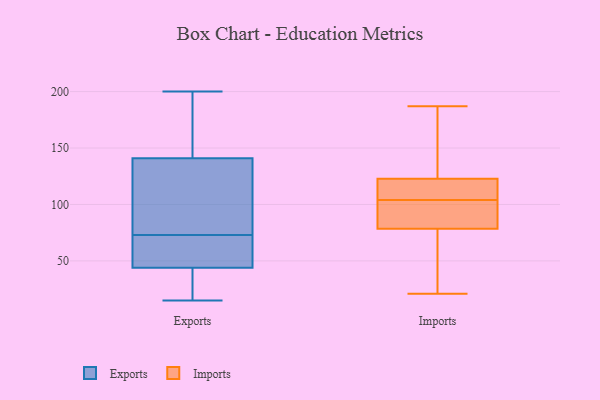
{"axis": {"x": "Page Views", "y": "Value"}, "legend": ["Exports", "Imports"], "data": [{"x": "", "y": 44, "type": "Exports"}, {"x": "", "y": 141, "type": "Exports"}, {"x": "", "y": 30, "type": "Exports"}, {"x": "", "y": 160, "type": "Exports"}, {"x": "", "y": 71, "type": "Exports"}, {"x": "", "y": 128, "type": "Exports"}, {"x": "", "y": 15, "type": "Exports"}, {"x": "", "y": 75, "type": "Exports"}, {"x": "", "y": 53, "type": "Exports"}, {"x": "", "y": 200, "type": "Exports"}, {"x": "", "y": 99, "type": "Imports"}, {"x": "", "y": 125, "type": "Imports"}, {"x": "", "y": 187, "type": "Imports"}, {"x": "", "y": 100, "type": "Imports"}, {"x": "", "y": 116, "type": "Imports"}, {"x": "", "y": 49, "type": "Imports"}, {"x": "", "y": 122, "type": "Imports"}, {"x": "", "y": 28, "type": "Imports"}, {"x": "", "y": 170, "type": "Imports"}, {"x": "", "y": 117, "type": "Imports"}, {"x": "", "y": 21, "type": "Imports"}, {"x": "", "y": 80, "type": "Imports"}, {"x": "", "y": 109, "type": "Imports"}, {"x": "", "y": 74, "type": "Imports"}, {"x": "", "y": 104, "type": "Imports"}, {"x": "", "y": 104, "type": "Imports"}, {"x": "", "y": 137, "type": "Imports"}]}